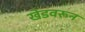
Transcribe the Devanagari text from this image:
खेडवरून